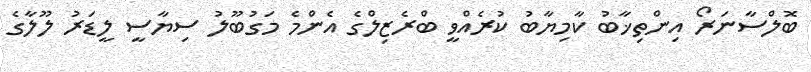
ބޮލްސާނަރޯ އިންތިޚާބު ކާމިޔާބު ކުރެއްވީ ބްރެޒިލްގެ އެންމެ މަގުބޫލު ސިޔާސީ ލީޑަރު ލޫލާގެ